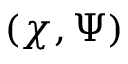
( \chi , \Psi )